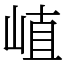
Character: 𡸜